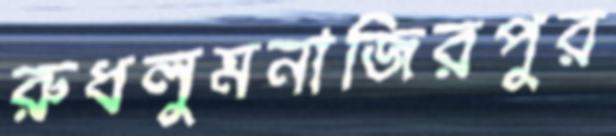
রুধলুমনাজিরপুর